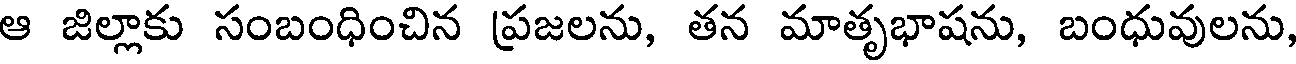
ఆ జిల్లాకు సంబంధించిన ప్రజలను, తన మాతృభాషను, బంధువులను,